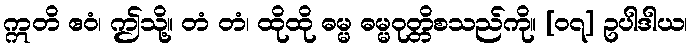
ဣတိ ဧဝံ၊ ဤသို့။ တံ တံ၊ ထိုထို ဓမ္မ ဓမ္မဝုတ္တိစသည်ကို။ [၀၇] ဥပါဒါယ၊